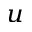
_ u